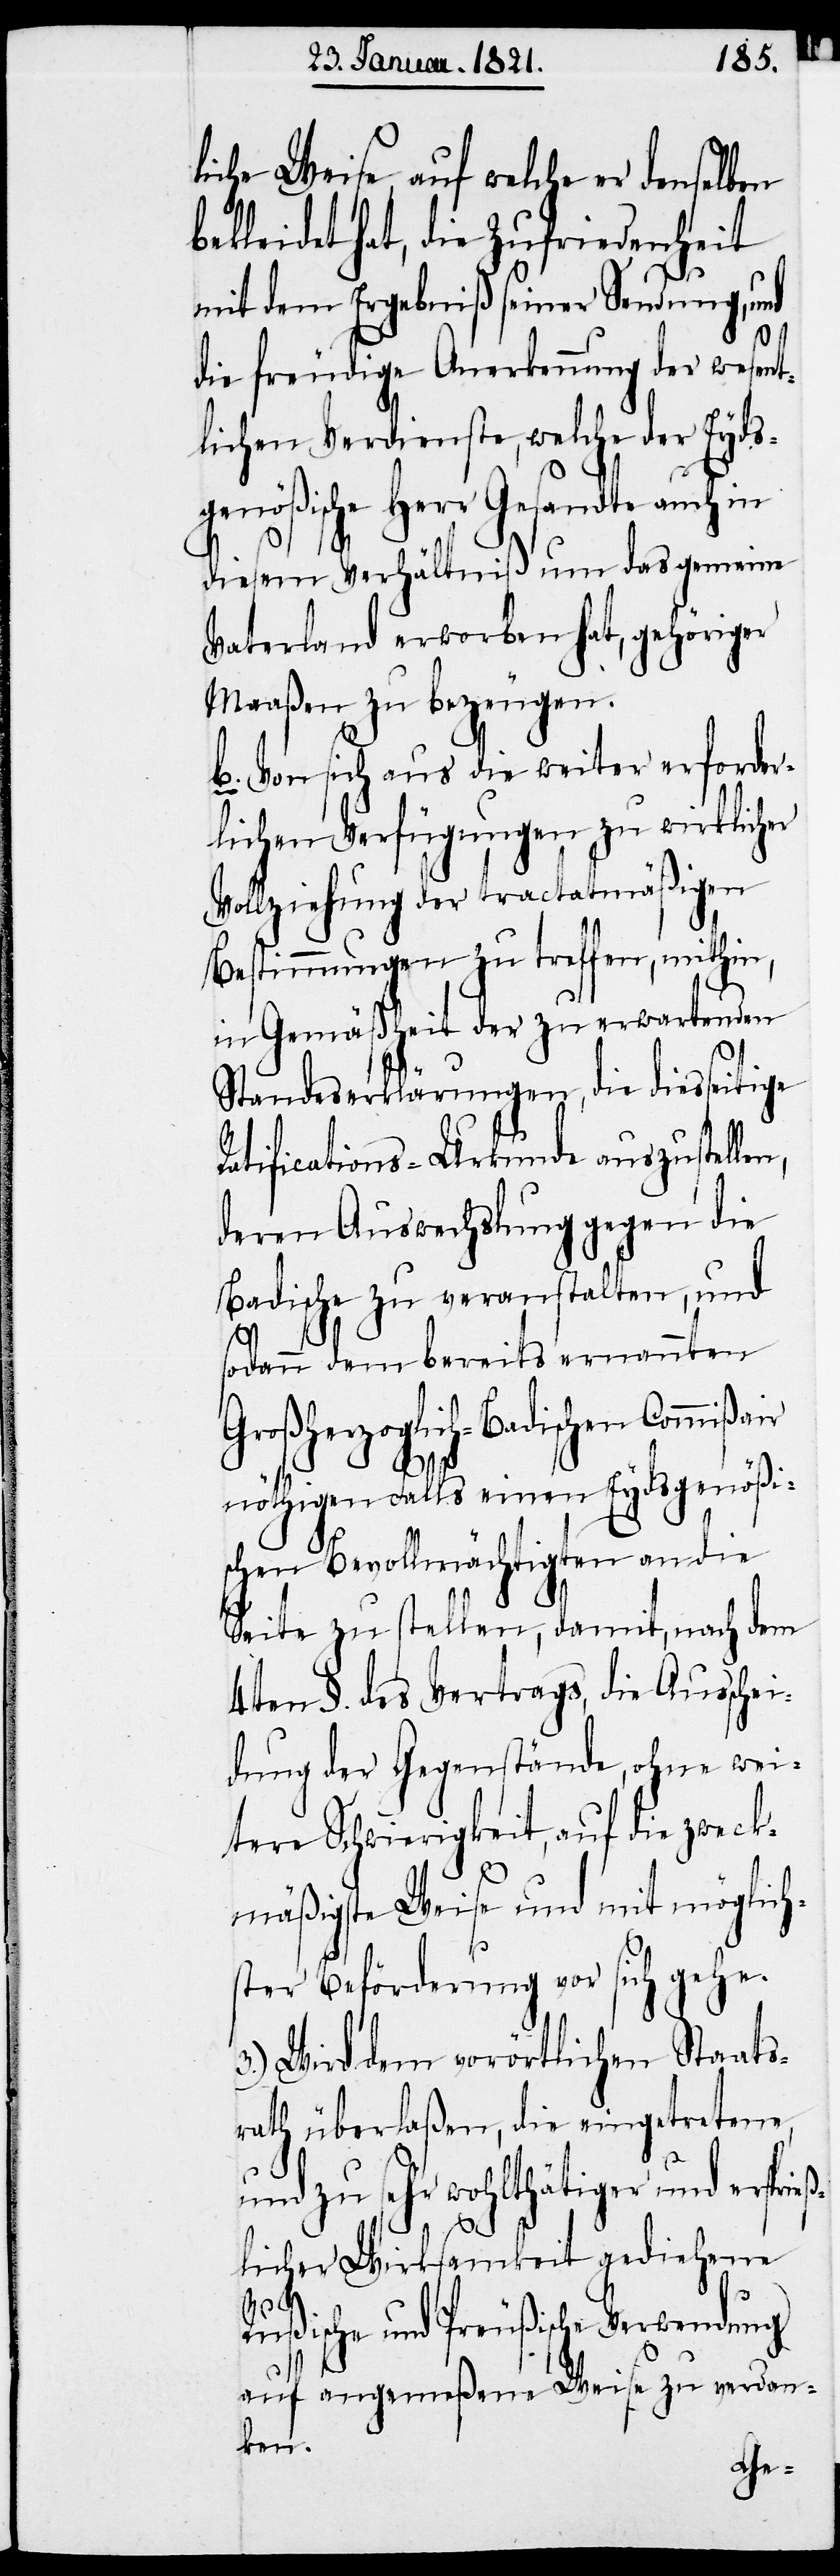
liche Weise auf welche er denselben
bekleidet hat, die Zufriedenheit
mit dem Ergebniß seiner Sendung, und
die freudige Anerkennung der wesent¬
lichen Verdienste, welche der Eyds¬
genößische Herr Gesandte auch in
diesem Verhältniß um das gemeine
Vaterland erworben hat, gehöriger
Maaßen zu bezeugen.
b. Von sich aus die weiter erforder¬
lichen Verfügungen zu wirklicher
Vollziehung der tractatmäßigen
Bestimmungen zu treffen, mithin,
in Gemäßheit der zu erwartenden
Standeserklärungen, die diesseitige
Ratifications-Urkunde auszustellen,
deren Auswechslung gegen die
Badische zu veranstalten, und
sodann dem bereits ernannten
Großherzoglich-Badischen Commißair
ß¬
nöthigen Falls einen Eydsgenößi¬
schen Bevollmächtigten an die
Seite zu stellen, damit, nach dem
4ten §. des Vertrages, die Ausschei¬
dung der Gegenstände, ohne wei¬
tere Schwierigkeit, auf die zweck¬
mäßigste Weise und mit möglich¬
ster Beförderung vor sich gehe.
3.) Wird dem vorörtlichen Staats¬
rath überlaßen, die eingetretenen,
und zu sehr wohlthätiger und ersprie¬
licher Wirksamkeit gediehene
Rußische und Preußische Verwendung
auf angemeßene Weise zu verdan¬
ken.